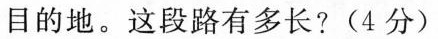
目的地。这段路有多长?(4分)